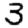
Digit: 3